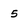
Character: 5